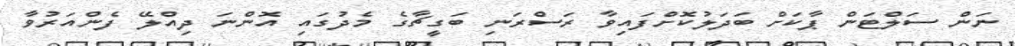
ނަން ސަލްޓަން ޕާކަށް ބަދަލުކޮށްފައިވާ ރަސްރަނި ބަގީޗާގެ މެދުގައި އޮންނަ ދިއްލޭ ފެންއަރުވާ